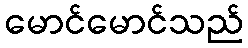
မောင်မောင်သည်